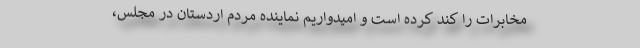
مخابرات را کُند کرده است و امیدواریم نماینده مردم اردستان در مجلس،